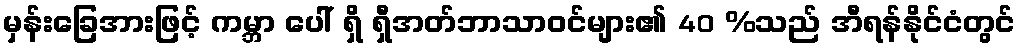
မှန်းခြေအားဖြင့် ကမ္ဘာ ပေါ် ရှိ ရှီအတ်ဘာသာဝင်များ၏ 40 %သည် အီရန်နိုင်ငံတွင်